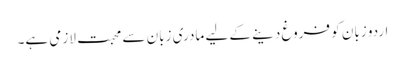
اردو زبان کو فروغ دینے کے لیے مادری زبان سے محبت لازمی ہے۔